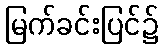
မြက်ခင်းပြင်၌